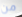
من